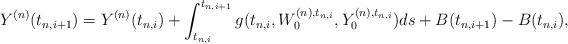
LaTeX: \begin{align*} Y^{(n)}(t_{n, i+1})=Y^{(n)}(t_{n, i})+ \int_{t_{n, i}}^{t_{n, i+1}} g(t_{n, i}, W_0^{(n), t_{n, i}}, Y_0^{(n), t_{n, i}}) ds + B(t_{n, i+1})-B(t_{n, i}),\end{align*}